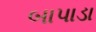
બાપાડા